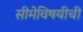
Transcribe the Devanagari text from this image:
सीमेविषयीची